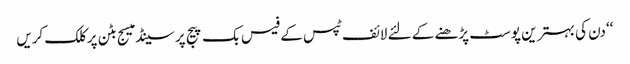
‘‘دن کی بہتر ین پوسٹ پڑھنے کے لئے لائف ٹپس کے فیس بک پیج پر سینڈ میسج بٹن پر کلک کریں